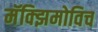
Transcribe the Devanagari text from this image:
मॅक्झिमोविच